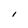
Character: 1